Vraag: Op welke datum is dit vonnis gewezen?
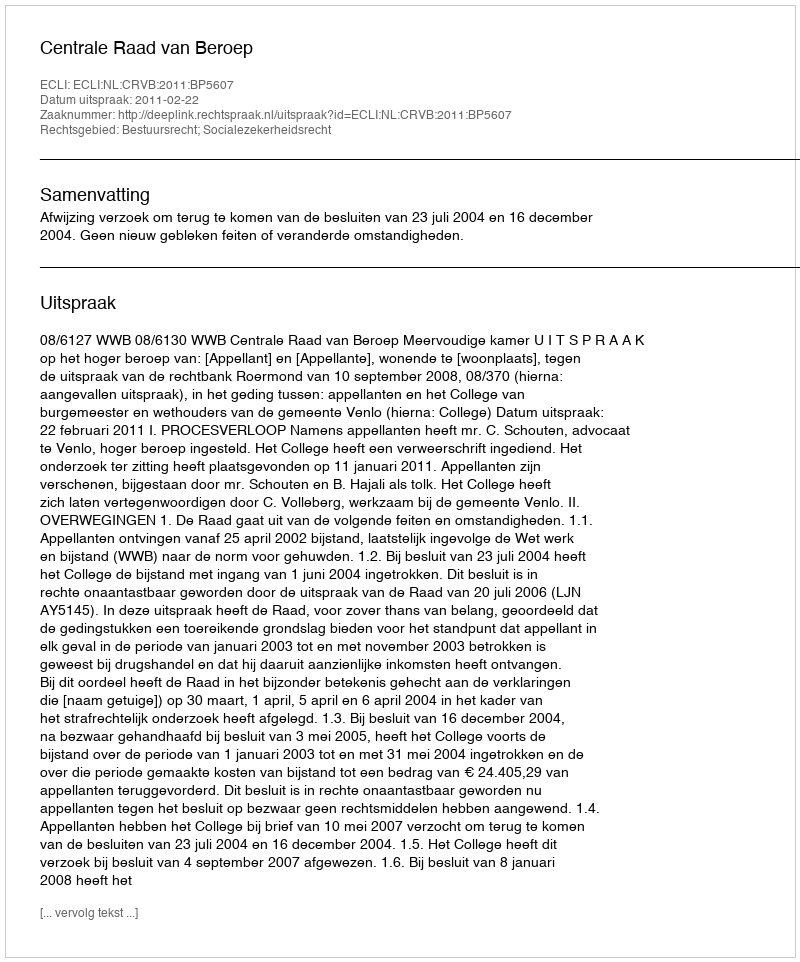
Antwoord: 2011-02-22